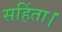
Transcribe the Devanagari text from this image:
सहिंता।